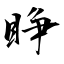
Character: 睁